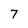
Character: 7